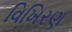
વિખિરણ